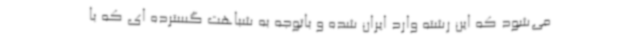
می‌شود که این رشته وارد ایران شده و باتوجه به شباهت گسترده ای که با